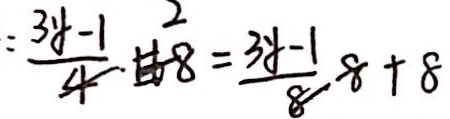
= 3 y - 1 \cdot 2 = 3 y - 1 + 8